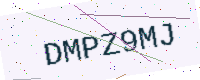
Text: DMPZ9MJ